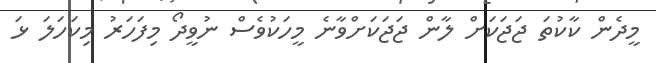
މީދެން ކާކުތަ ޖަޖަކަށް ލާން ޖަޖަކަށްވާނެ މީހަކުވެސް ނުވީދޯ މިފަހަރު މިކަހަލަ ޅަ